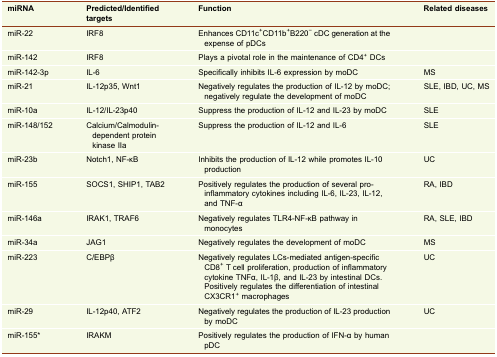
| miRNA | Predicted/Identified targets | Function | Related diseases |
 | --- | --- | --- | --- |
 | miR-22 | IRF8 | Enhances CD11c+CD11b+B220− cDC generation at the expense of pDCs |  |
 | miR-142 | IRF8 | Plays a pivotal role in the maintenance of CD4+ DCs |  |
 | miR-142-3p | IL-6 | Specifically inhibits IL-6 expression by moDC | MS |
 | miR-21 | IL-12p35, Wnt1 | Negatively regulates the production of IL-12 by moDC; negatively regulate the development of moDC | SLE, IBD, UC, MS |
 | miR-10a | IL-12/IL-23p40 | Suppress the production of IL-12 and IL-23 by moDC | SLE |
 | miR-148/152 | Calcium/Calmodulin- dependent protein kinase IIa | Suppress the production of IL-12 and IL-6 | SLE |
 | miR-23b | Notch1, NF-κB | Inhibits the production of IL-12 while promotes IL-10 production | UC |
 | miR-155 | SOCS1, SHIP1, TAB2 | Positively regulates the production of several pro-inflammatory cytokines including IL-6, IL-23, IL-12, and TNF-α | RA, IBD |
 | miR-146a | IRAK1, TRAF6 | Negatively regulates TLR4-NF-κB pathway in monocytes | RA, SLE, IBD |
 | miR-34a | JAG1 | Negatively regulates the development of moDC | MS |
 | miR-223 | C/EBPβ | Negatively regulates LCs-mediated antigen-specific CD8+ T cell proliferation, production of inflammatory cytokine TNFα, IL-1β, and IL-23 by intestinal DCs. Positively regulates the differentiation of intestinal CX3CR1+ macrophages | UC |
 | miR-29 | IL-12p40, ATF2 | Negatively regulates the production of IL-23 production by moDC | UC |
 | miR-155* | IRAKM | Positively regulates the production of IFN-α by human pDC |  |